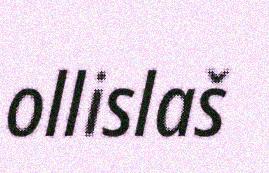
ollislaš